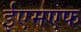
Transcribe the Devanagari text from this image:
ईएमएफ